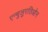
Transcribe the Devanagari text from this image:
एन्चुलुरतिओन